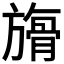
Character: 𣄘